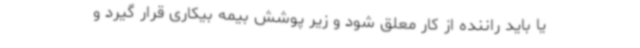
یا باید راننده از کار معلق شود و زیر پوشش بیمه بیکاری قرار گیرد و